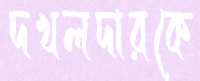
দখলদারকে